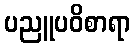
ပညူပဝိစာရာ